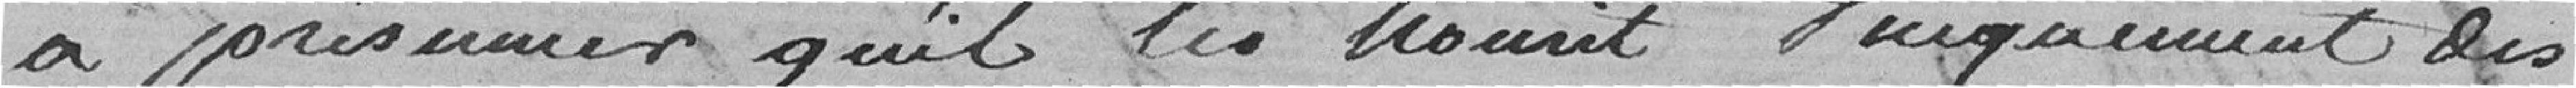
à présumer qu'il les nourrit uniquement des